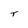
Character: T